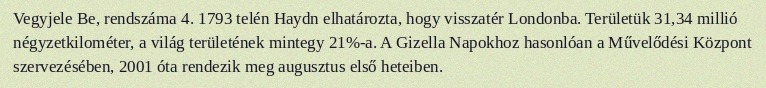
Vegyjele Be, rendszáma 4. 1793 telén Haydn elhatározta, hogy visszatér Londonba. Területük 31,34 millió négyzetkilométer, a világ területének mintegy 21%-a. A Gizella Napokhoz hasonlóan a Művelődési Központ szervezésében, 2001 óta rendezik meg augusztus első heteiben.